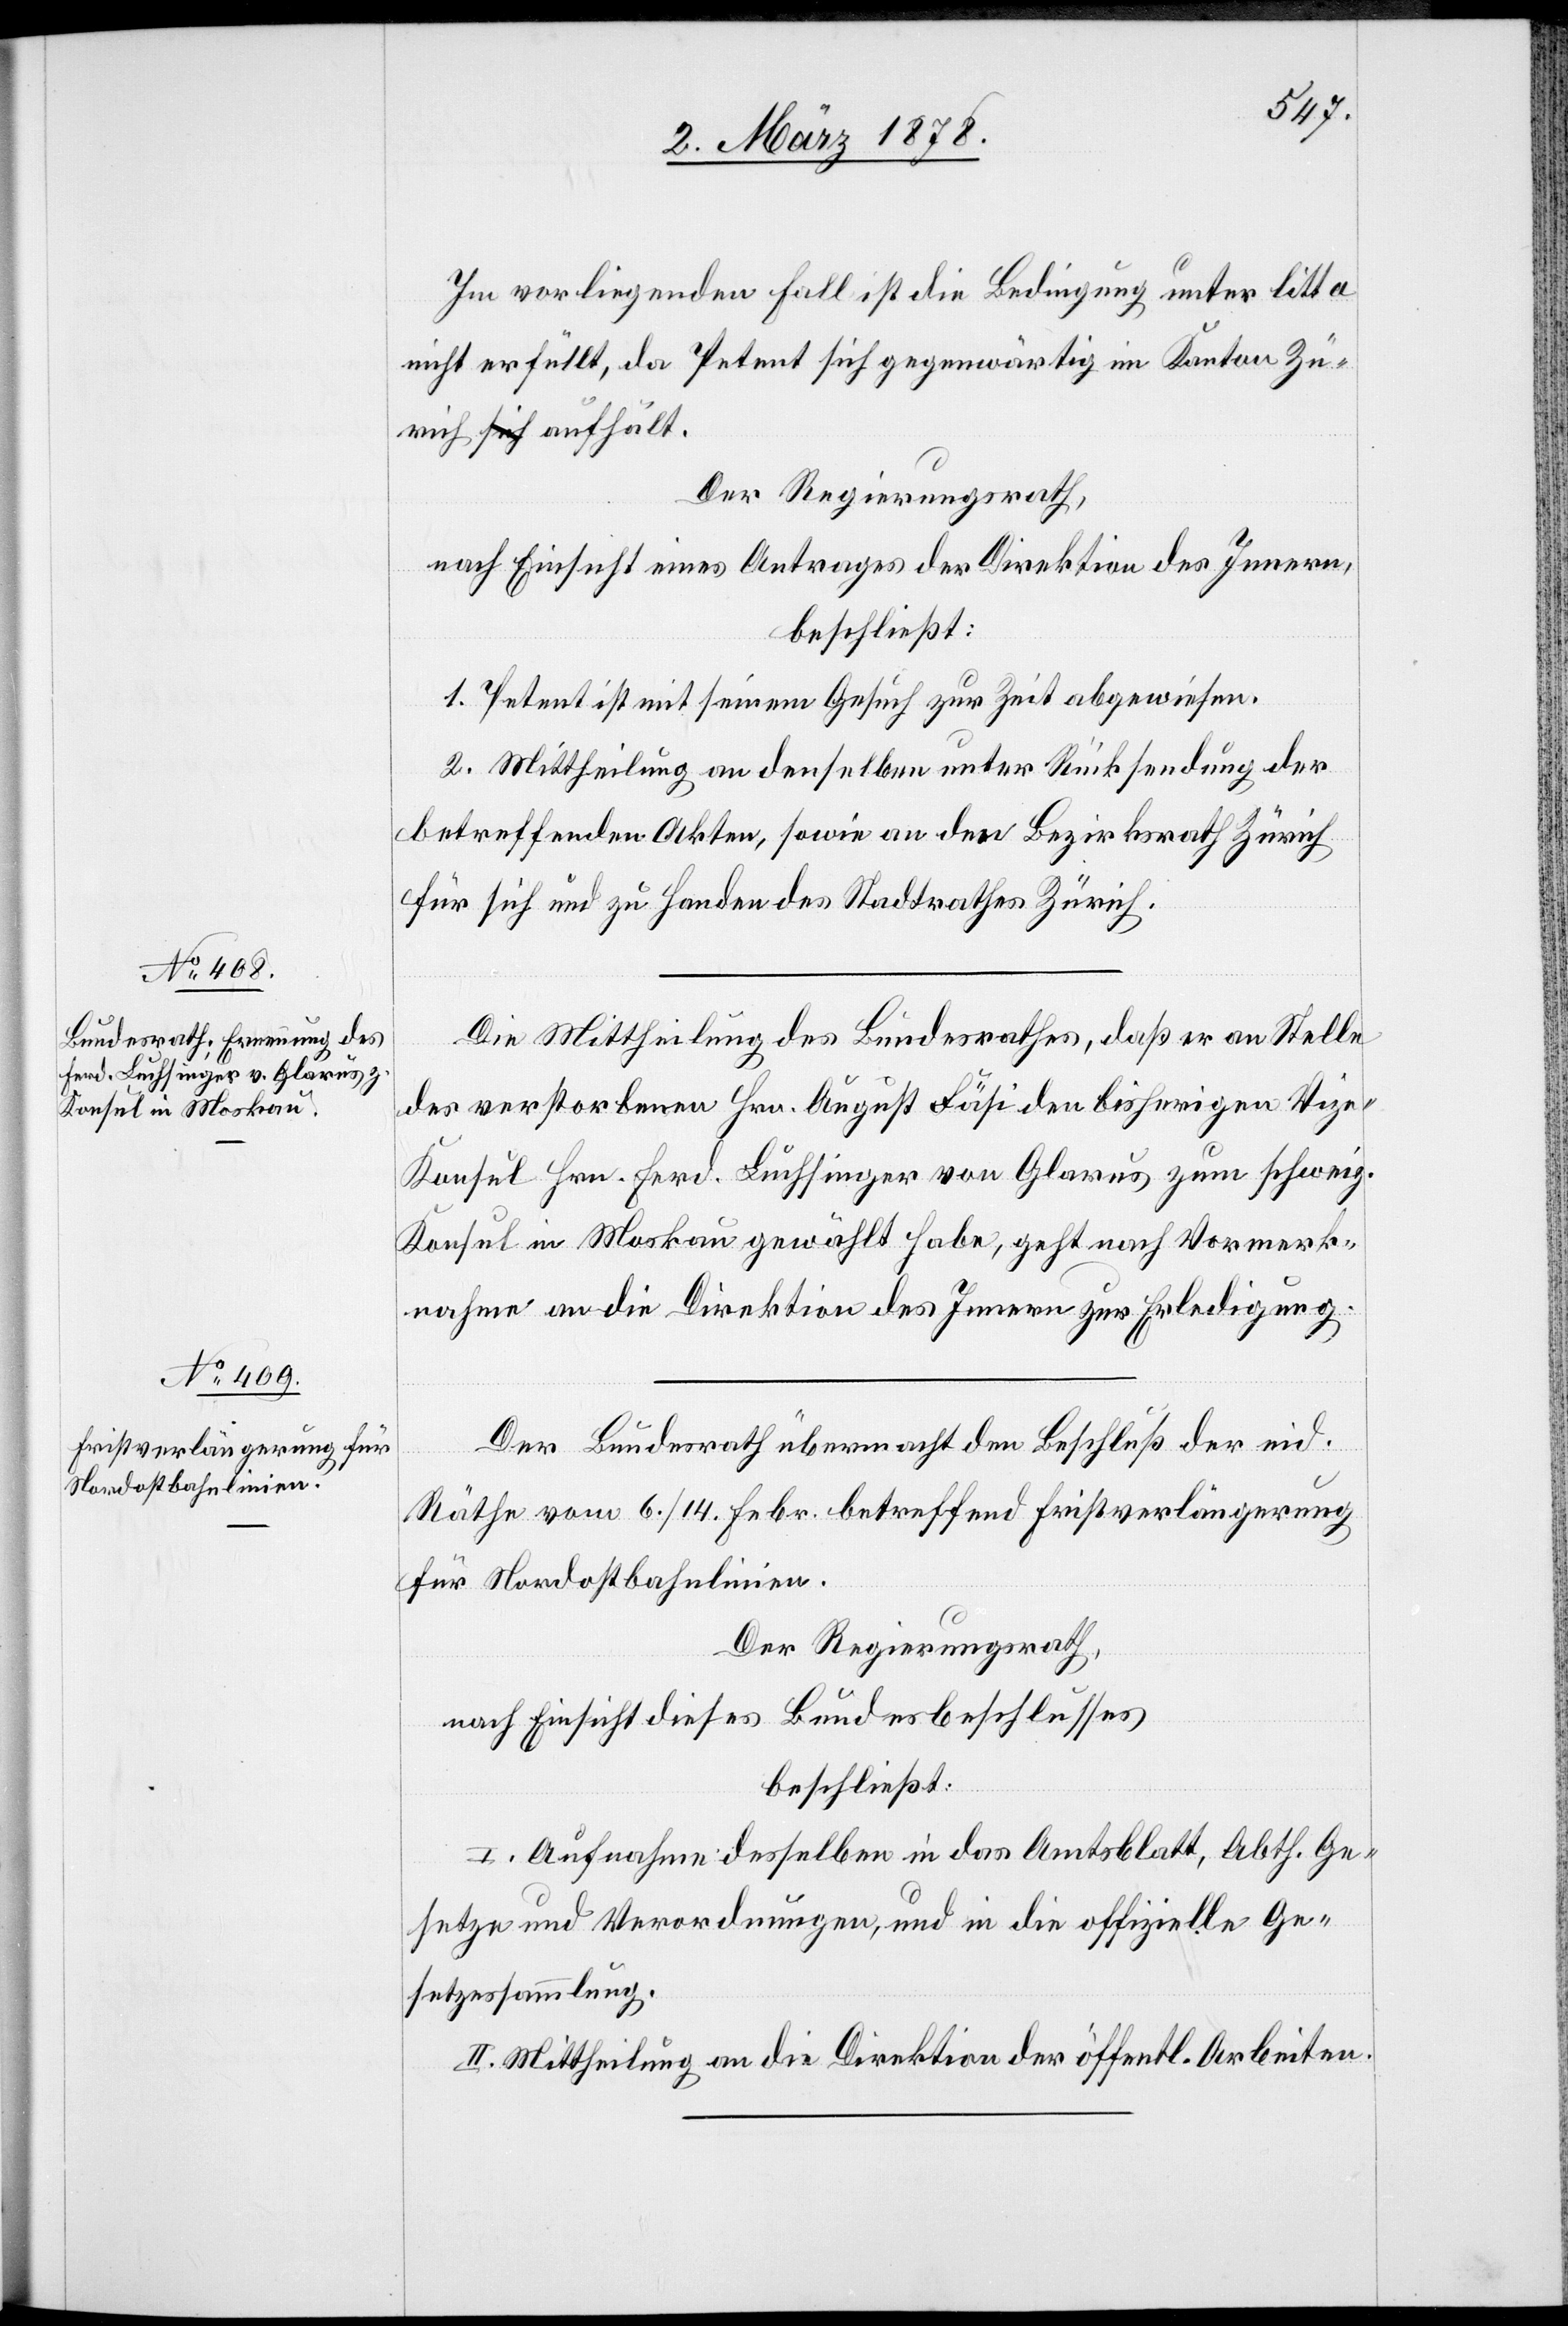
Im vorliegenden Fall ist die Bedingung unter litt. a
nicht erfüllt, da Petent sich gegenwärtig im Kanton Zü¬
rich aufhält.
Der Regierungsrath,
nach Einsicht eines Antrages der Direktion des Innern,
beschließt:
1. Petent ist mit seinem Gesuch zur Zeit abgewiesen.
2. Mittheilung an denselben unter Rücksendung der
betreffenden Akten, sowie an den Bezirksrath Zürich
für sich und zu Handen des Stadtrathes Zürich.
Die Mittheilung des Bundesrathes, daß er an Stelle
des verstorbenen Hr. August Fäsi den bisherigen K¬
onsul Hrn. Frd. Luchsinger von Glarus zum schweiz.
Konsul in Moskau gewählt habe, geht nach Vormerk¬
nahme an die Direktion des Innern zur Erledigung.
Der Bundesrath übermacht den Beschluß der eid.
Räthe vom 6. / 14. Febr. betreffend Fristverlängerung
für Nordostbahnlinien.
Der Regierungsrath,
nach Einsicht dieses Bundesbeschlusses
beschließt:
I. Aufnahme desselben in das Amtsblatt, Abth. Ge¬
setze und Verordnungen, und in die offizielle Ge¬
setzessammlung.
II. Mittheilung an die Direktion der öffentlichen Arbeiten.